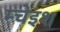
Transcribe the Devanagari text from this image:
म्चेइश